Aleksander_Warma, lk 46
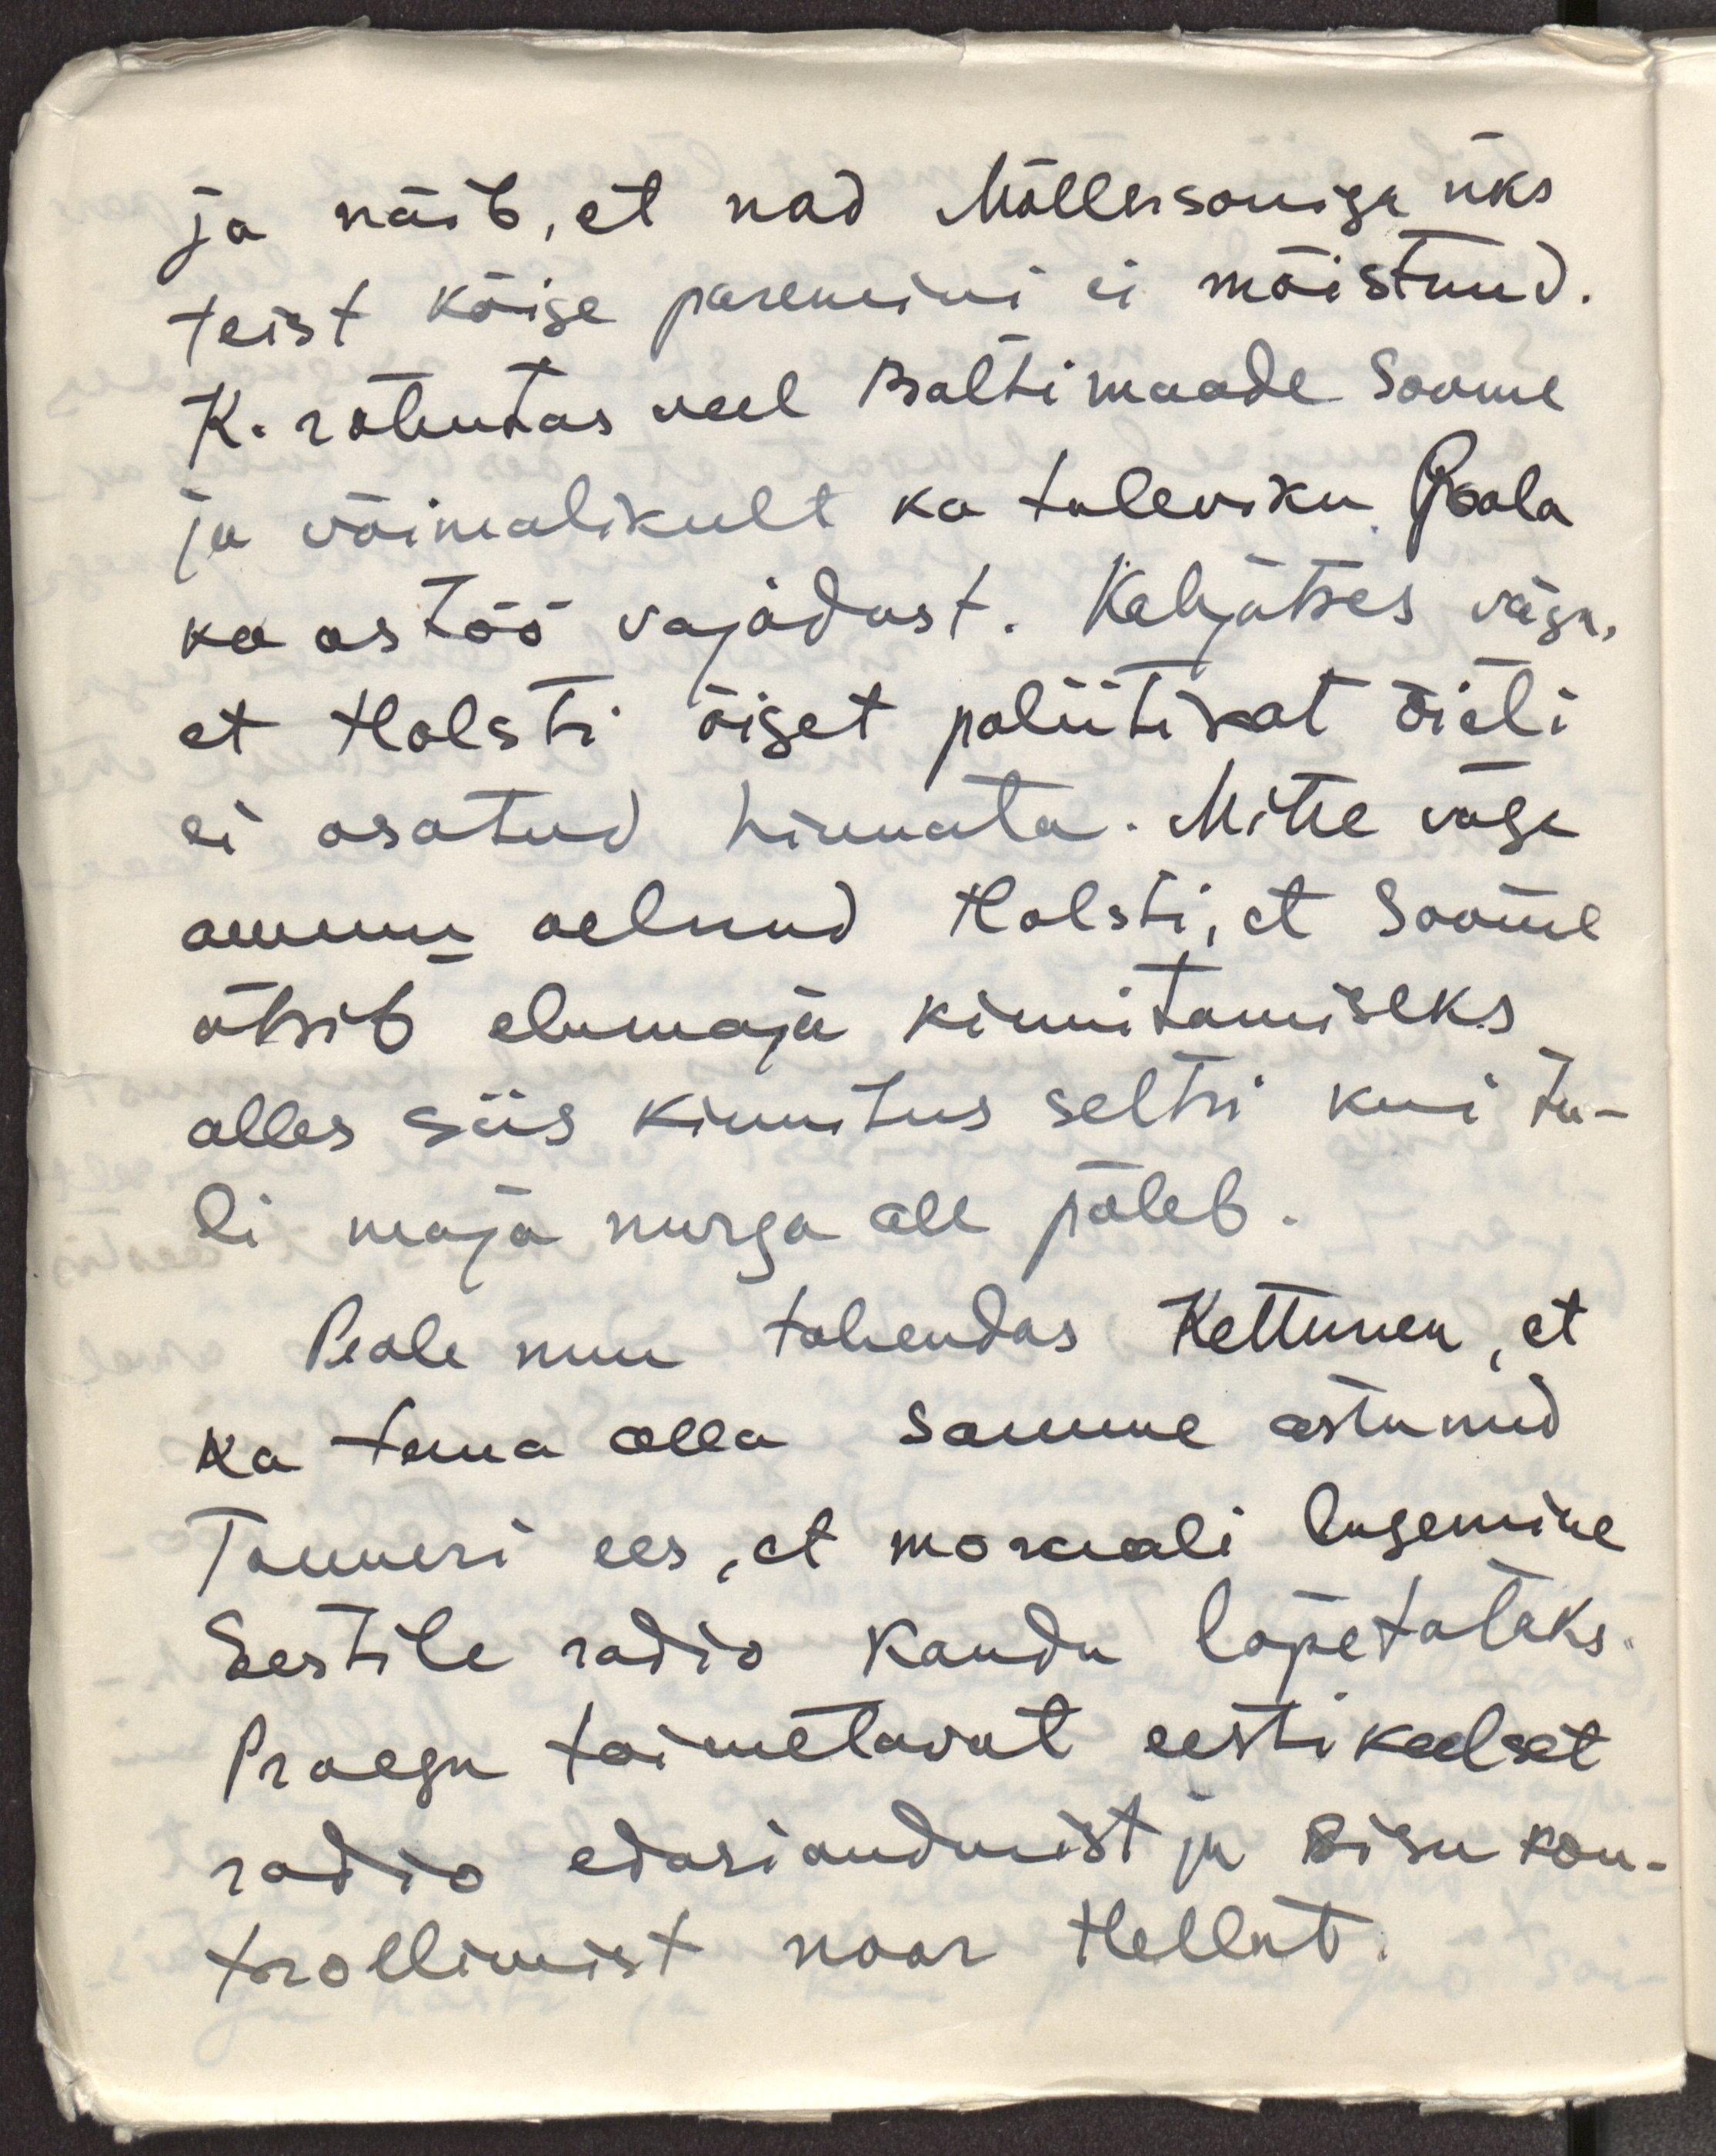
ja näib, et nad Möllersoniga üks
teist kõige paremini ei mõistnud.
K. rõhutas veel Baltimaade Soome
ja võimalikult ka tuleviku Poola
koostöö vajadust. Kahjutses väga,
et Holsti öiget poliitikat õieti
ei osatud hinnata. Mitte väga
ammu oelnud Holsti, et Soome
otsib elumaju kinnitamiseks
alles siis kinnitus seltsi kui tu-
li maja nurga all põleb.
Peale muu tahendas Kettunen, et
ka tema olla samme astunud
Tanneri ees, et moraali lugemine
Eestile radio kaudu lõpetataks.
Praegu toimetavat eestikeelset 
radio edasiandmist ja sisu kon-
trollimist noor Hellat.